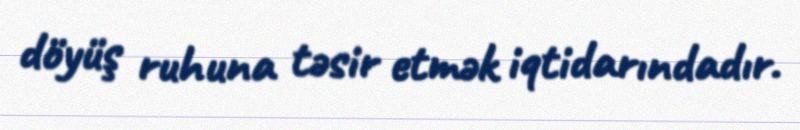
döyüş ruhuna təsir etmək iqtidarındadır.